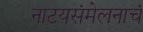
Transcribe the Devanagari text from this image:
नाटयसंमेलनाचं